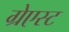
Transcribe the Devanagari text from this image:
ग्रेएस्ट